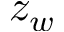
z _ { w }